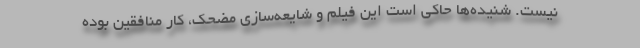
نیست. شنیده‌ها حاکی است این فیلم و شایعه‌سازی مضحک، کار منافقین بوده